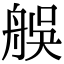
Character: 𦨳